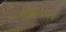
બોલચાલની